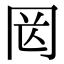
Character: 㒺